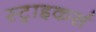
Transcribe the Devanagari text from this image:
स्‍ट्राइकर्स